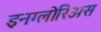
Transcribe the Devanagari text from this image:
इनग्लोरिअस